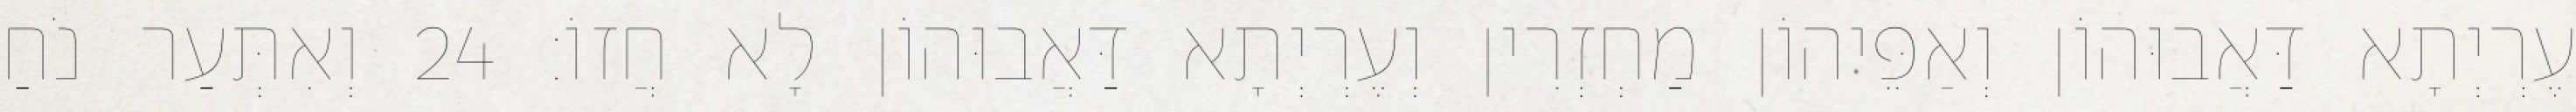
עֶרְיְתָא דַּאֲבוּהוֹן וְאַפֵּיהוֹן מַחְזְרִין וְעֶרְיְתָא דַּאֲבוּהוֹן לָא חֲזוֹ׃ 24 וְאִתְּעַר נֹחַ